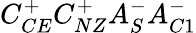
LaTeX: C_{CE}^{+}C_{NZ}^{+}A_{S}^{-}A_{C1}^{-}